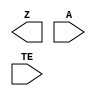
module sky130_fd_sc_hvl__einvp (
    Z ,
    A ,
    TE
);

    output Z ;
    input  A ;
    input  TE;

    // Voltage supply signals
    supply1 VPWR;
    supply0 VGND;
    supply1 VPB ;
    supply0 VNB ;

endmodule